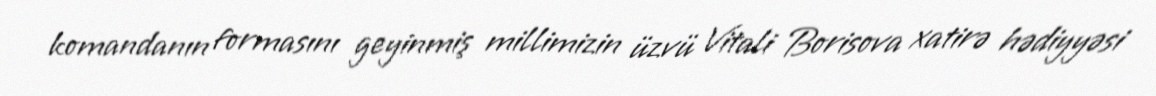
komandanın formasını geyinmiş millimizin üzvü Vitali Borisova xatirə hədiyyəsi